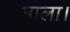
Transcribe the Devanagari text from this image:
माला।